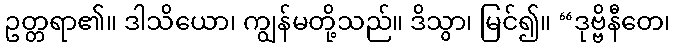
ဥတ္တရာ၏။ ဒါသိယော၊ ကျွန်မတို့သည်။ ဒိသွာ၊ မြင်၍။ “ဒုဗ္ဗိနီတေ၊